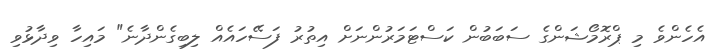
އެހެންވެ މި ޕްރޮމޯޝަންގެ ސަބަބުން ކަސްޓަމަރުންނަށް އިތުރު ފަސޭހައެއް ލިބިގެންދާނެ" މައިހާ ވިދާޅުވި